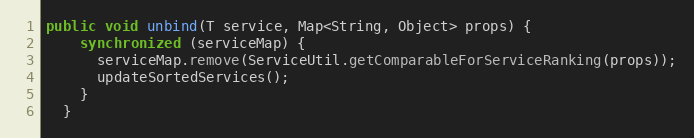
Language: Java
public void unbind(T service, Map<String, Object> props) {
    synchronized (serviceMap) {
      serviceMap.remove(ServiceUtil.getComparableForServiceRanking(props));
      updateSortedServices();
    }
  }